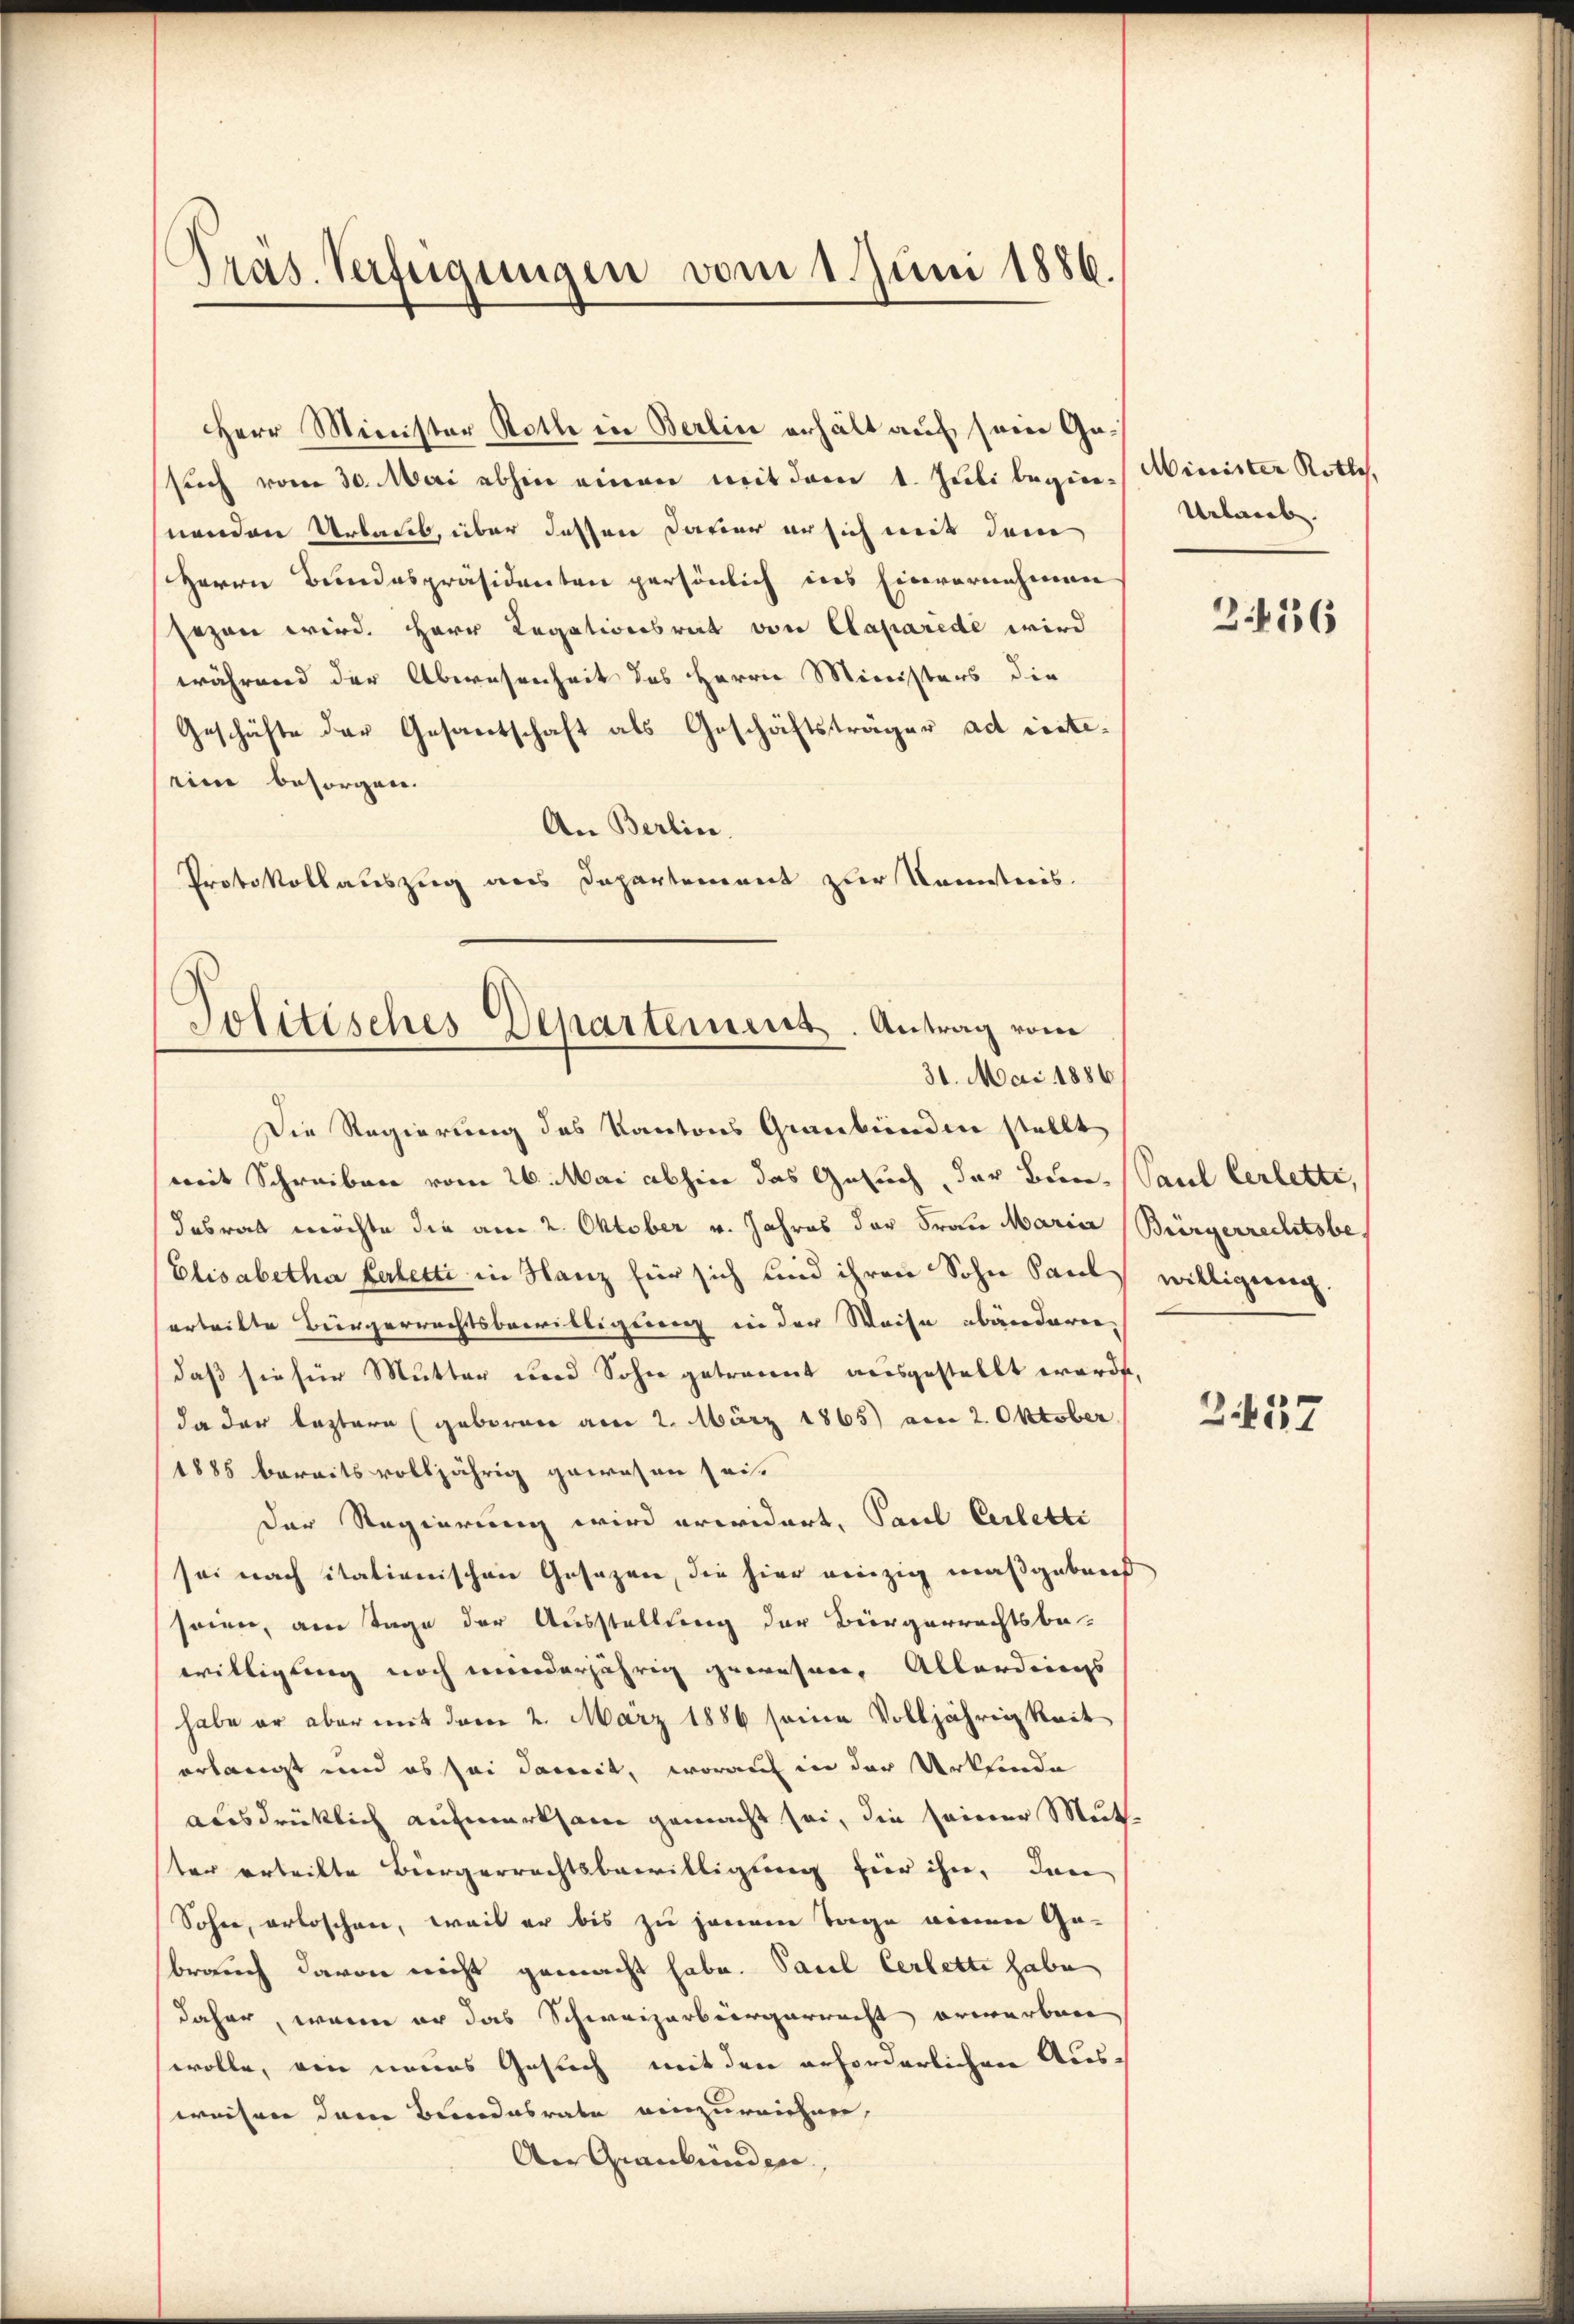
s
Präs. Verfügungen vom 1. Juni 1886.

Herr Minister Rothe in Berlin erhält auf sein Gesuch vom 30. Mai abhin einen mit dem 1. Juli begine Minister Rottes.
nenden Urlaub, über dessen Daver en sich mit dem
Herrn Bundespräsidenten persönlich ins Einvernehmen
sezen wird. Herr Legationsrat von Caparede wird
während der Abwesenheit des Herrn Ministers die
Geschäfte der Gesantschaft als Geschäftsträger ad resteeine besorgen.
An Berlin.
Protokollauszug aus Departement zur Kenntnis.

Die Regierung des Kantons Graubünden stellt
mit Schreiben vom 26. Mai abhin das Gesuch, der Bun- Paul Cerletti,
dabrath möchte die am 2. Oktober v. Jahres der Frau Maria (Bürgerrechtsbe
Elisabetha Kerletti in Manz für sich sind ihren Sohn Paul willigung,
erteilte Bürgerrechtsbewilligung in der Weise abänderen,
daß sie für Mutter und Sohn getrannt ausgestellt werde,
da der leztern (geborene am 2. März 1865) am 2. Oktober
1885 bereits volljährig gewesen sei.
Der Regierung wird erwidert, Paul Cerletti
sei nach itationischen Gesezen, die hier einzig maßgebens
seien, am Tage der Ausstellung der Bürgerrechtsbe-
willigung noch minderjährig gewesen. Allerdings
habe er aber mit dem 2. März 1886 seine Volljährigkeit
erlangt und es sei damit, worauf in der Urkunde
ausdrücklich aufmerksam gemacht sei, die seiner Mut
ter erteilte Bürgerrechtsbewilligung hier ihn. Inne
Sohne, erloschen, weil er bis zu jenem Tage einen Ge-
brauch davon nicht gemacht habe. Paul Cerlette habe
daher, wenn er das Schweizerbürgerrecht erwarbene
wolle, von neues Gesuch mit den erforderlichen Aus-
weisen dem Bundesrate einzureichnen,
An Graubünden,

Politisches Departement. Antrag vom
31. Mai 1886.

Urlaub.

3.136

2457